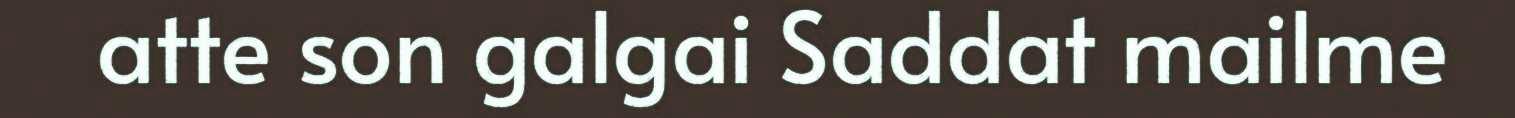
atte son galgai Saddat mailme